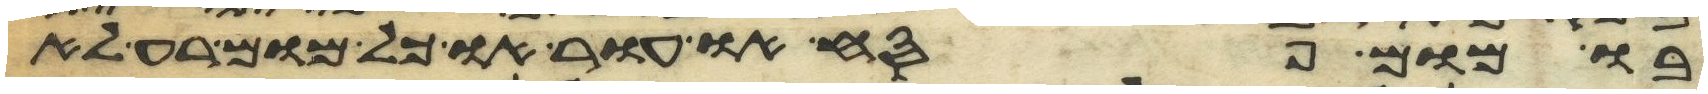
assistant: בו מום פסח או עור או כל מום רע לא